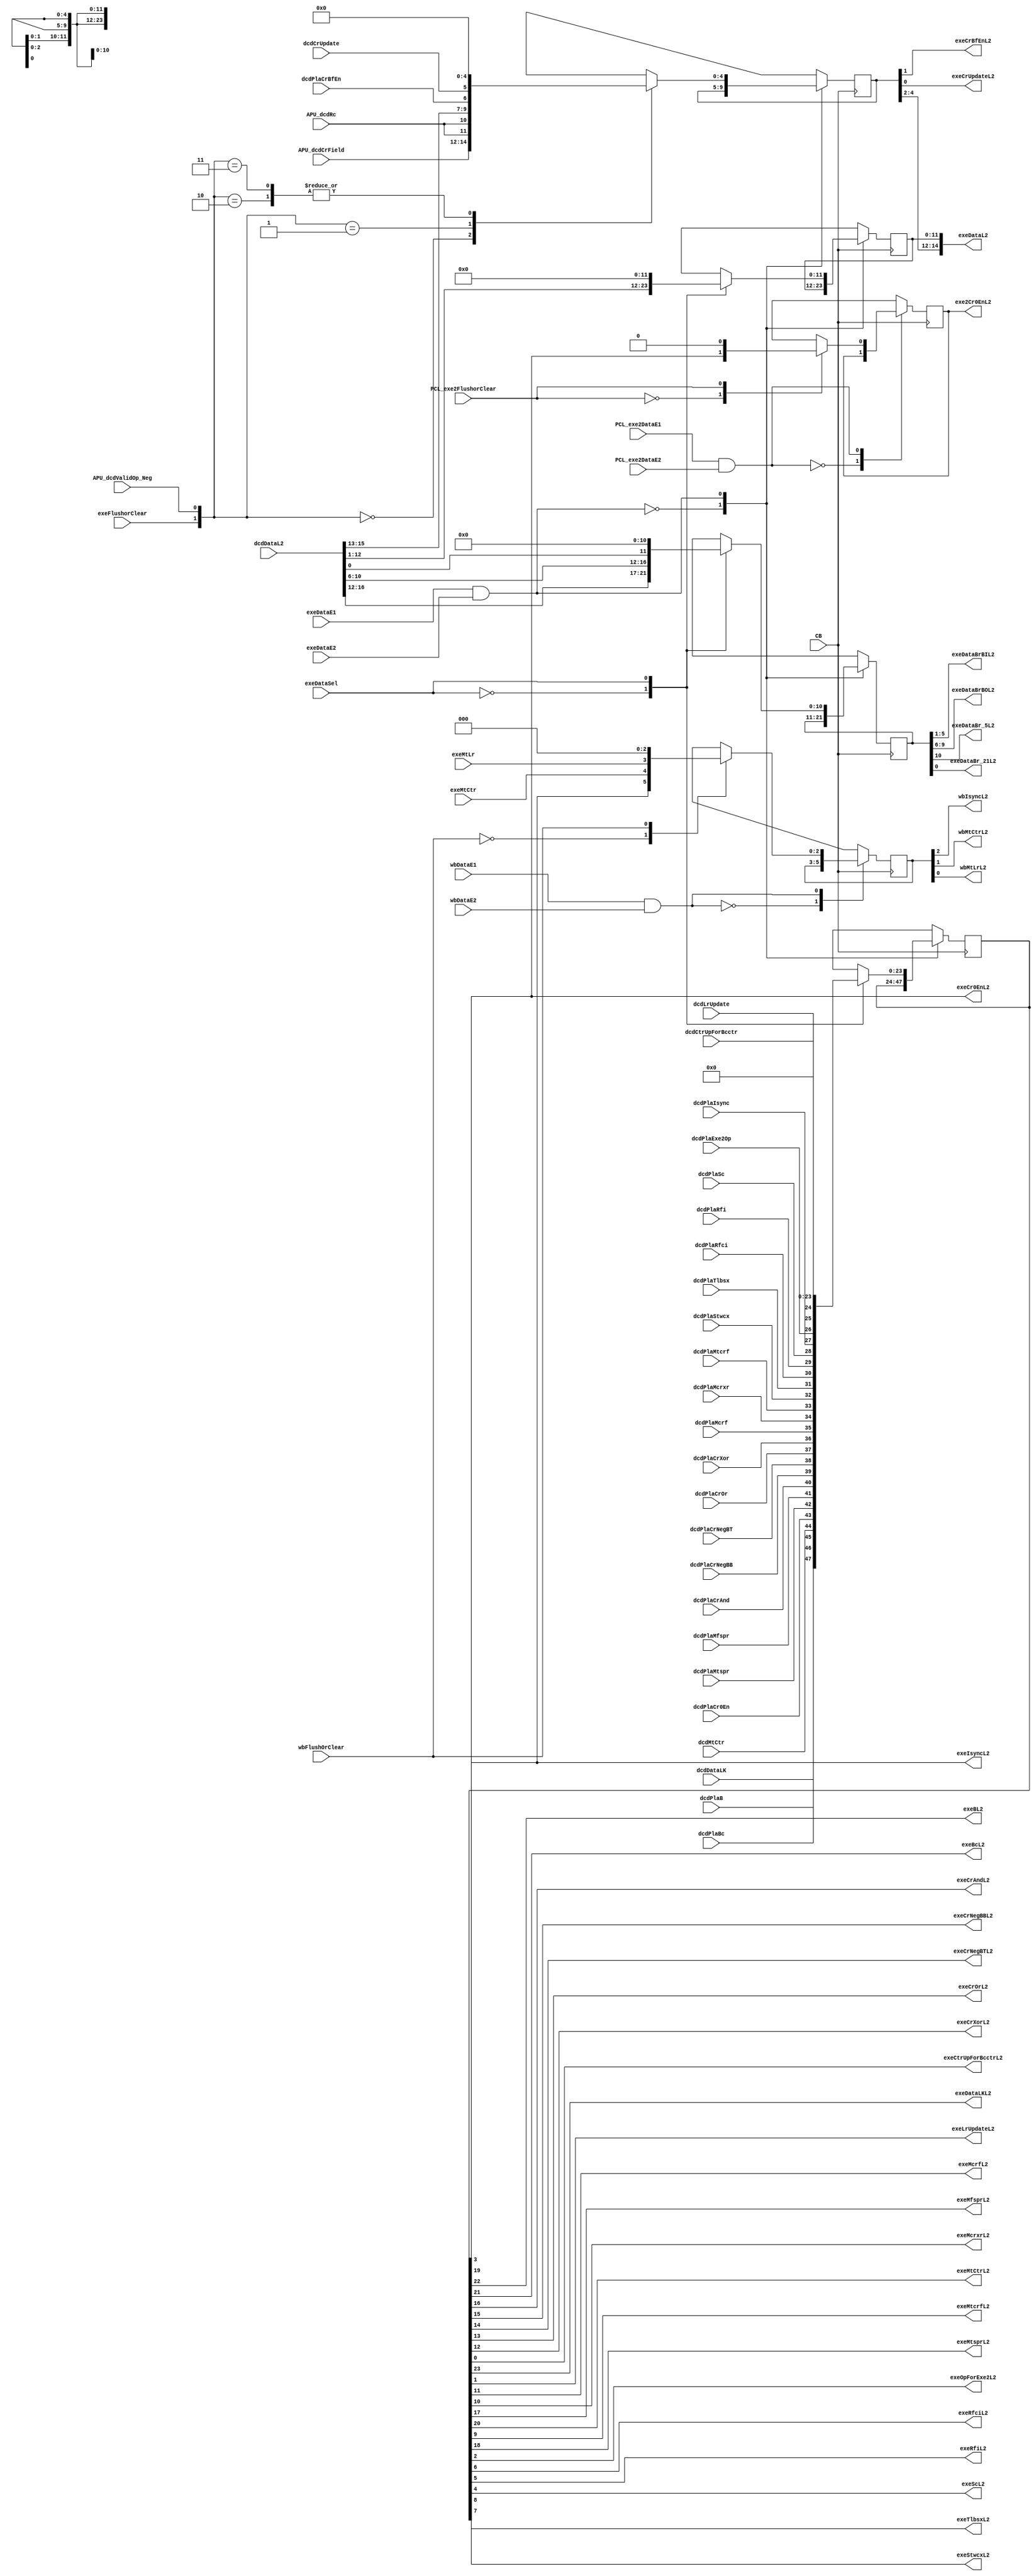
// 
// ************************************************************************** 
// 
//  Copyright (c) International Business Machines Corporation, 2005. 
// 
//  This file contains trade secrets and other proprietary and confidential 
//  information of International Business Machines Corporation which are 
//  protected by copyright and other intellectual property rights and shall 
//  not be reproduced, transferred to other documents, disclosed to others, 
//  or used for any purpose except as specifically authorized in writing by 
//  International Business Machines Corporation. This notice must be 
//  contained as part of this text at all times. 
// 
// ************************************************************************** 
//

module p405s_exeIfb( 
     exe2Cr0EnL2, exeBL2, exeBcL2, exeCr0EnL2, exeCrAndL2, exeCrBfEnL2, exeCrNegBBL2,
     exeCrNegBTL2, exeCrOrL2, exeCrUpdateL2, exeCrXorL2, exeCtrUpForBcctrL2,
     exeDataBrBIL2, exeDataBrBOL2, exeDataBr_5L2, exeDataBr_21L2, exeDataL2,
     exeDataLKL2, exeIsyncL2, exeLrUpdateL2, exeMcrfL2, exeMcrxrL2, exeMfsprL2, exeMtCtrL2,
     exeMtcrfL2, exeMtsprL2, exeOpForExe2L2, exeRfciL2, exeRfiL2, exeScL2, exeStwcxL2,
     exeTlbsxL2, wbIsyncL2, wbMtCtrL2, wbMtLrL2, APU_dcdCrField, APU_dcdRc,
     APU_dcdValidOp_Neg, CB, PCL_exe2DataE1, PCL_exe2DataE2, PCL_exe2FlushorClear,
     dcdCrUpdate, dcdCtrUpForBcctr, dcdDataL2, dcdDataLK, dcdLrUpdate, dcdMtCtr, dcdPlaB,
     dcdPlaBc, dcdPlaCr0En, dcdPlaCrAnd, dcdPlaCrBfEn, dcdPlaCrNegBB, dcdPlaCrNegBT,
     dcdPlaCrOr, dcdPlaCrXor, dcdPlaExe2Op, dcdPlaIsync, dcdPlaMcrf, dcdPlaMcrxr, dcdPlaMfspr,
     dcdPlaMtcrf, dcdPlaMtspr, dcdPlaRfci, dcdPlaRfi, dcdPlaSc, dcdPlaStwcx, dcdPlaTlbsx,
     exeDataE1, exeDataE2, exeDataSel, exeFlushorClear, exeMtCtr, exeMtLr,  wbDataE1,
     wbDataE2, wbFlushOrClear
);

output  exe2Cr0EnL2, exeBL2, exeBcL2, exeCr0EnL2, exeCrAndL2, exeCrBfEnL2, exeCrNegBBL2,
     exeCrNegBTL2, exeCrOrL2, exeCrUpdateL2, exeCrXorL2, exeCtrUpForBcctrL2, exeDataBr_5L2,
     exeDataBr_21L2, exeDataLKL2, exeIsyncL2, exeLrUpdateL2, exeMcrfL2, exeMcrxrL2, exeMfsprL2,
     exeMtCtrL2, exeMtcrfL2, exeMtsprL2, exeOpForExe2L2, exeRfciL2, exeRfiL2, exeScL2,
     exeStwcxL2, exeTlbsxL2,  wbIsyncL2, wbMtCtrL2, wbMtLrL2;


input  APU_dcdRc, APU_dcdValidOp_Neg, PCL_exe2DataE1, PCL_exe2DataE2, PCL_exe2FlushorClear,
     dcdCrUpdate, dcdCtrUpForBcctr, dcdDataLK, dcdLrUpdate, dcdMtCtr, dcdPlaB, dcdPlaBc,
     dcdPlaCr0En, dcdPlaCrAnd, dcdPlaCrBfEn, dcdPlaCrNegBB, dcdPlaCrNegBT, dcdPlaCrOr,
     dcdPlaCrXor, dcdPlaExe2Op, dcdPlaIsync, dcdPlaMcrf, dcdPlaMcrxr, dcdPlaMfspr, dcdPlaMtcrf,
     dcdPlaMtspr, dcdPlaRfci, dcdPlaRfi, dcdPlaSc, dcdPlaStwcx, dcdPlaTlbsx, exeDataE1,
     exeDataE2, exeDataSel, exeFlushorClear, exeMtCtr, exeMtLr,  wbDataE1, wbDataE2,
     wbFlushOrClear;

output [0:3]  exeDataBrBOL2;
output [0:4]  exeDataBrBIL2;
output [6:20]  exeDataL2;


input   CB;
input [0:2]  APU_dcdCrField;
input [5:21]  dcdDataL2;

//Internal signals
wire [0:10] exeStageC_D0;
reg [0:10] exeStageC_Mux;
reg [0:10] exeStageC_Reg;
reg exe2Stage_Mux;
reg exe2Stage_Reg;
reg [0:2] wbStage_Mux;
reg [0:2] wbStage_Reg;
wire [0:23] exeStage2_D0;
reg [0:23] exeStage2_Mux;
reg [0:23] exeStage2_Reg;
reg [0:11] exeStage1_Mux;
reg [0:11] exeStage1_Reg;
reg [0:4] exeDataCrF_Mux;
reg [0:4] exeDataCrF_Reg;

wire exeCr0EnL2_int;
wire exeIsyncL2_int;

assign exeCr0EnL2 = exeCr0EnL2_int;
assign exeIsyncL2 = exeIsyncL2_int;

//Removed the module 'dp_regIFB_exeStageC'
assign exeStageC_D0 = {dcdDataL2[5:9], dcdDataL2[11:15], dcdDataL2[21]};
assign {exeDataBr_5L2, exeDataBrBOL2[0:3], exeDataBrBIL2[0:4], exeDataBr_21L2} = exeStageC_Reg;
always @(exeStageC_D0 or exeDataSel)
  casez(exeDataSel)
    1'b0: exeStageC_Mux = exeStageC_D0;
    1'b1: exeStageC_Mux = 11'b0;
    default: exeStageC_Mux = 11'bx;
  endcase
// L2 Output modeled as posedge FF
always @(posedge CB)
  casez(exeDataE1 & exeDataE2)
    1'b0: exeStageC_Reg <= exeStageC_Reg;
    1'b1: exeStageC_Reg <= exeStageC_Mux;
    default: exeStageC_Reg <= 11'bx;
  endcase

//Removed the module 'dp_regIFB_exe2Stage' 
assign exe2Cr0EnL2 = exe2Stage_Reg;
always @(exeCr0EnL2_int or PCL_exe2FlushorClear)
  casez(PCL_exe2FlushorClear)
    1'b0: exe2Stage_Mux = exeCr0EnL2_int;
    1'b1: exe2Stage_Mux = 1'b0;
    default: exe2Stage_Mux = 1'bx;
  endcase
// L2 Output modeled as posedge FF
always @(posedge CB)
  casez(PCL_exe2DataE1 & PCL_exe2DataE2)
    1'b0: exe2Stage_Reg <= exe2Stage_Reg;
    1'b1: exe2Stage_Reg <= exe2Stage_Mux;
    default: exe2Stage_Reg <= 1'bx;
  endcase

//Removed the module 'dp_regIFB_wbStage' 
assign {wbIsyncL2, wbMtCtrL2, wbMtLrL2} = wbStage_Reg;
always @(exeIsyncL2_int or exeMtCtr or exeMtLr or wbFlushOrClear)
  casez(wbFlushOrClear)
    1'b0: wbStage_Mux = {exeIsyncL2_int, exeMtCtr, exeMtLr};
    1'b1: wbStage_Mux = 3'b0;
    default: wbStage_Mux = 3'bx;
  endcase
// L2 Output modeled as posedge FF
always @(posedge CB)
  casez(wbDataE1 & wbDataE2)
    1'b0: wbStage_Reg <= wbStage_Reg;
    1'b1: wbStage_Reg <= wbStage_Mux;
    default: wbStage_Reg <= 3'bx;
  endcase

//Removed the module 'dp_regIFB_exeStage2' 
assign exeStage2_D0 = {dcdDataLK, dcdPlaB, dcdPlaBc, dcdMtCtr,
     dcdPlaCr0En, dcdPlaMtspr, dcdPlaMfspr, dcdPlaCrAnd, dcdPlaCrNegBB, dcdPlaCrNegBT,
     dcdPlaCrOr, dcdPlaCrXor, dcdPlaMcrf, dcdPlaMcrxr, dcdPlaMtcrf, dcdPlaStwcx, dcdPlaTlbsx,
     dcdPlaRfci, dcdPlaRfi, dcdPlaSc, dcdPlaIsync, dcdPlaExe2Op, dcdLrUpdate, 
     dcdCtrUpForBcctr}; 
assign {exeDataLKL2, exeBL2,
     exeBcL2, exeMtCtrL2, exeCr0EnL2_int, exeMtsprL2, exeMfsprL2, exeCrAndL2, exeCrNegBBL2,
     exeCrNegBTL2, exeCrOrL2, exeCrXorL2, exeMcrfL2, exeMcrxrL2, exeMtcrfL2, exeStwcxL2,
     exeTlbsxL2, exeRfciL2, exeRfiL2, exeScL2, exeIsyncL2_int, exeOpForExe2L2, exeLrUpdateL2,
     exeCtrUpForBcctrL2} = exeStage2_Reg;
always @(exeStage2_D0 or exeDataSel)
  casez(exeDataSel)
    1'b0: exeStage2_Mux = exeStage2_D0;
    1'b1: exeStage2_Mux = 24'b0;
    default: exeStage2_Mux = 24'bx;
  endcase
// L2 Output modeled as posedge FF
always @(posedge CB)
  casez(exeDataE1 & exeDataE2)
    1'b0: exeStage2_Reg <= exeStage2_Reg;
    1'b1: exeStage2_Reg <= exeStage2_Mux;
    default: exeStage2_Reg <= 24'bx;
  endcase

//Removed the module 'dp_regIFB_exeStage1' 
assign exeDataL2[9:20] = exeStage1_Reg;
always @(dcdDataL2 or exeDataSel)
  casez(exeDataSel)
    1'b0: exeStage1_Mux = dcdDataL2[9:20];
    1'b1: exeStage1_Mux = 12'b0;
    default: exeStage1_Mux = 12'bx;
  endcase
// L2 Output modeled as posedge FF
always @(posedge CB)
  casez(exeDataE1 & exeDataE2)
    1'b0: exeStage1_Reg <= exeStage1_Reg;
    1'b1: exeStage1_Reg <= exeStage1_Mux;
    default: exeStage1_Reg <= 12'bx;
  endcase

//Removed the module 'dp_regIFB_exeDataCrF' 
assign {exeDataL2[6:8], exeCrBfEnL2, exeCrUpdateL2} = exeDataCrF_Reg;
always @(APU_dcdCrField or APU_dcdRc or dcdDataL2 or dcdPlaCrBfEn 
           or dcdCrUpdate or exeFlushorClear or APU_dcdValidOp_Neg)
  casez({exeFlushorClear, APU_dcdValidOp_Neg})
    2'b00: exeDataCrF_Mux = {APU_dcdCrField[0:2], APU_dcdRc, APU_dcdRc};
    2'b01: exeDataCrF_Mux = {dcdDataL2[6:8], dcdPlaCrBfEn, dcdCrUpdate};
    2'b10: exeDataCrF_Mux = 5'b0;
    2'b11: exeDataCrF_Mux = 5'b0;
    default: exeDataCrF_Mux = 5'bx;
  endcase
// L2 Output modeled as posedge FF
always @(posedge CB)
  casez(exeDataE1 & exeDataE2)
    1'b0: exeDataCrF_Reg <= exeDataCrF_Reg;
    1'b1: exeDataCrF_Reg <= exeDataCrF_Mux;
    default: exeDataCrF_Reg <= 5'bx;
  endcase

endmodule